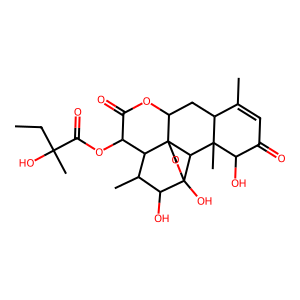
SMILES: CCC(C)(O)C(=O)OC1C(=O)OC2CC3C(C)=CC(=O)C(O)C3(C)C3C4(O)OCC23C1C(C)C4O
Inhibits HIV replication: No